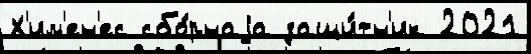
Х'им'ен'ес сбо́рнаjа защи́тн'ик 2021